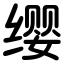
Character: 缨